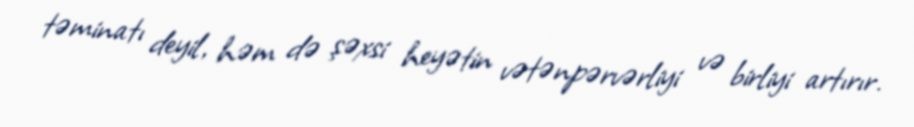
təminatı deyil, həm də şəxsi heyətin vətənpərvərliyi və birliyi artırır.